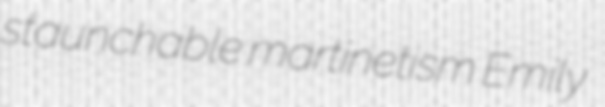
staunchable martinetism Emily